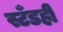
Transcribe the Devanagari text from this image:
स्टँडही